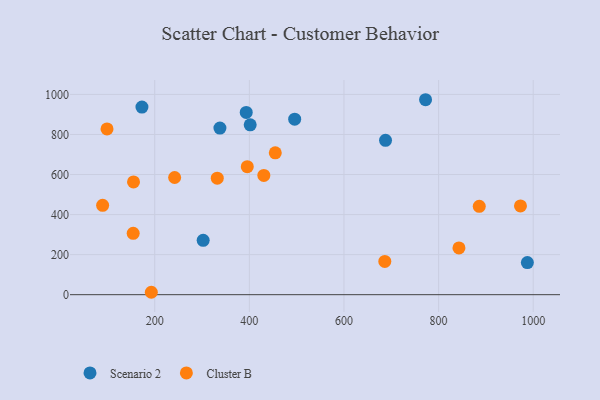
{"axis": {"x": "Experience", "y": "Fuel Efficiency"}, "legend": ["Cluster B", "Scenario 2"], "data": [{"x": "772.4", "y": 973.5, "type": "Scenario 2"}, {"x": "173.0", "y": 936.6, "type": "Scenario 2"}, {"x": "495.8", "y": 876.3, "type": "Scenario 2"}, {"x": "687.8", "y": 770.9, "type": "Scenario 2"}, {"x": "401.8", "y": 848.2, "type": "Scenario 2"}, {"x": "337.8", "y": 831.8, "type": "Scenario 2"}, {"x": "302.4", "y": 271.3, "type": "Scenario 2"}, {"x": "987.6", "y": 160.3, "type": "Scenario 2"}, {"x": "393.4", "y": 910.1, "type": "Scenario 2"}, {"x": "395.6", "y": 639.4, "type": "Cluster B"}, {"x": "242.1", "y": 585.1, "type": "Cluster B"}, {"x": "430.6", "y": 595.5, "type": "Cluster B"}, {"x": "885.9", "y": 441.2, "type": "Cluster B"}, {"x": "192.8", "y": 12.0, "type": "Cluster B"}, {"x": "973.0", "y": 443.1, "type": "Cluster B"}, {"x": "154.5", "y": 306.3, "type": "Cluster B"}, {"x": "686.3", "y": 166.1, "type": "Cluster B"}, {"x": "155.2", "y": 563.2, "type": "Cluster B"}, {"x": "89.9", "y": 446.1, "type": "Cluster B"}, {"x": "332.2", "y": 581.7, "type": "Cluster B"}, {"x": "843.0", "y": 233.7, "type": "Cluster B"}, {"x": "454.8", "y": 708.4, "type": "Cluster B"}, {"x": "99.2", "y": 827.8, "type": "Cluster B"}]}